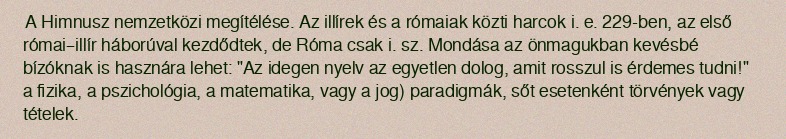
A Himnusz nemzetközi megítélése. Az illírek és a rómaiak közti harcok i. e. 229-ben, az első római–illír háborúval kezdődtek, de Róma csak i. sz. Mondása az önmagukban kevésbé bízóknak is hasznára lehet: "Az idegen nyelv az egyetlen dolog, amit rosszul is érdemes tudni!" a fizika, a pszichológia, a matematika, vagy a jog) paradigmák, sőt esetenként törvények vagy tételek.